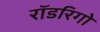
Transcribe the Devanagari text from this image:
रॉडरिगो